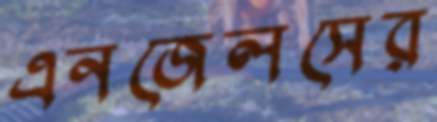
এনজেলসের